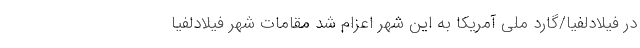
در فیلادلفیا/گارد ملی آمریکا به این شهر اعزام شد مقامات شهر فیلادلفیا